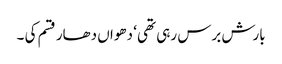
بارش برس رہی تھی ‘ دھواں دھار قسم کی ۔